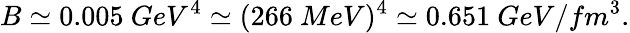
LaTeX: B\simeq 0.005\ GeV^{4}\simeq(266\ MeV)^{4}\simeq 0.651\ GeV/fm^{3}.